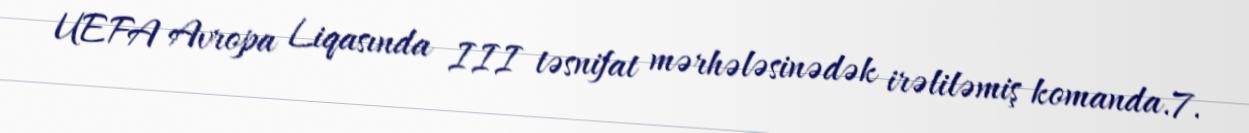
UEFA Avropa Liqasında III təsnifat mərhələsinədək irəliləmiş komanda.7.